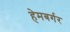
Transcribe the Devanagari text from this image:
हेमबर्गर